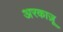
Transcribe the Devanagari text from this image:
अरकाज़ू